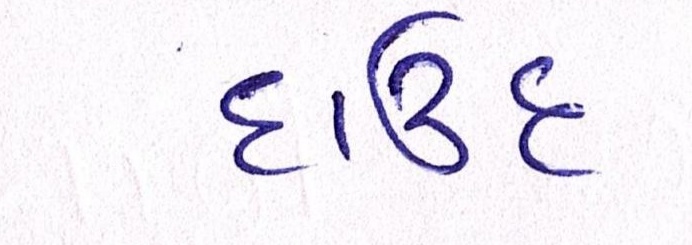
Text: દાઉદ